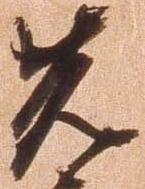
先